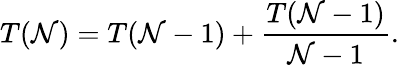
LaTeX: T(\mathcal{N})=T(\mathcal{N}-1)+\frac{{T(\mathcal{N}-1)}}{{\mathcal{N}-1}}.